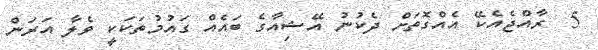
5  ރާއްޖެއެކޭ އެއްގޮތަށް ދެކުނު އޭޝިއާގެ ބައެއް ގައުމުތަކަކީ ވެލާ އަރަން